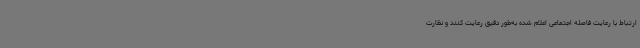
ارتباط با رعایت فاصله اجتماعی اعلام شده به‌طور دقیق رعایت کنند و نظارت